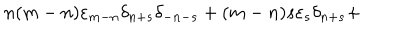
n ( m - n ) { \varepsilon } _ { m - n } { \delta } _ { n + s } { \delta } _ { - n - s } + ( m - n ) s { \varepsilon } _ { s } { \delta } _ { n + s } +